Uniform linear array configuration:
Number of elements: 16
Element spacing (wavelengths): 1
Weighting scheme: hamming
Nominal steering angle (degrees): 15
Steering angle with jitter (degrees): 15.279
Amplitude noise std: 0.05
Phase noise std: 0.05

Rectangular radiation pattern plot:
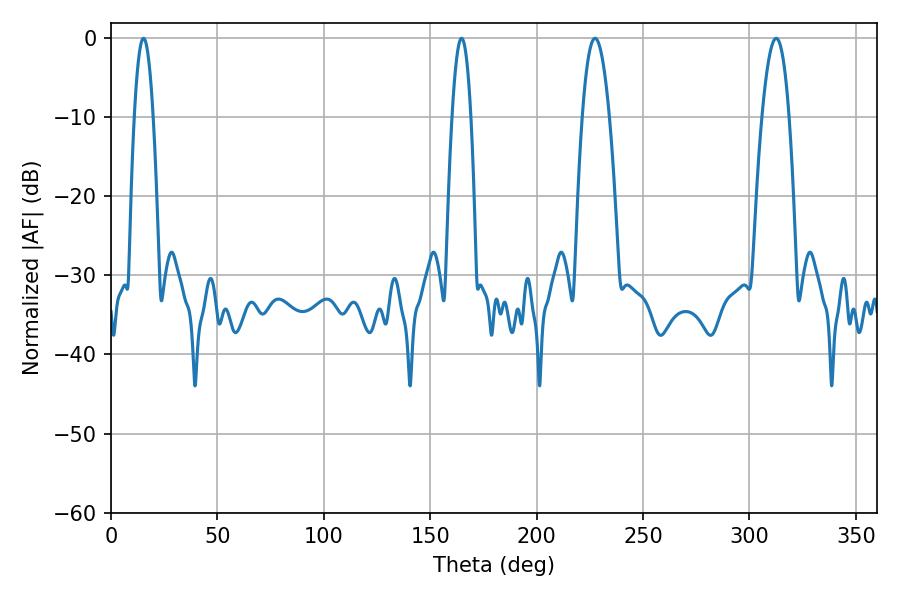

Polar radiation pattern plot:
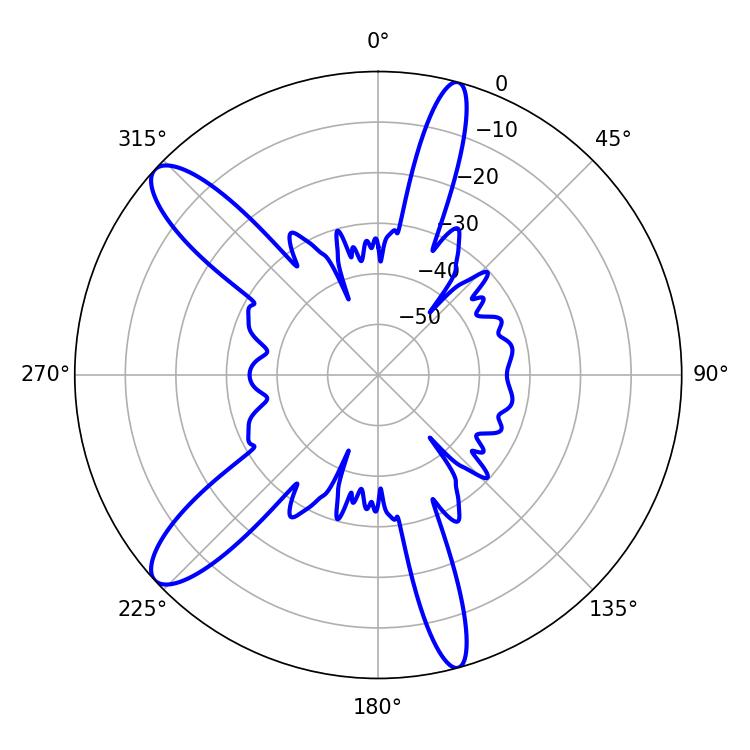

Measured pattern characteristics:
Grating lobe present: TRUE
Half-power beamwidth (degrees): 4.68
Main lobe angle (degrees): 15.3